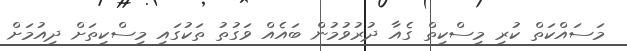
މަސައްކަތް ކުރި މިސްކިތް ގެއާ ދުރުވުމުން ބައެއް ވަގުތު ތަކުގައި މިސްކިތަށް ދިއުމަށް